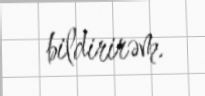
bildirirəm.